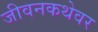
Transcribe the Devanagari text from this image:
जीवनकथेवर